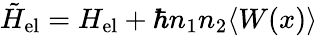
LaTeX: \tilde{H}_{\mathrm{el}}=H_{\mathrm{el}}+\hbar n_{1}n_{2}\langle W(x)\rangle